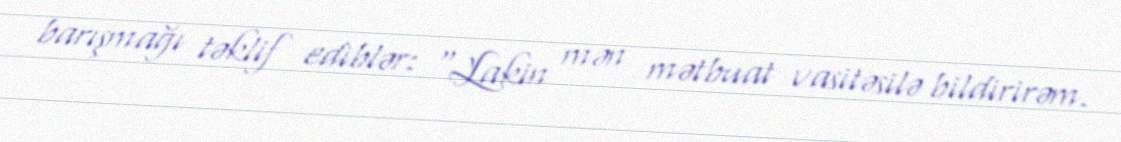
barışmağı təklif ediblər: “Lakin mən mətbuat vasitəsilə bildirirəm.